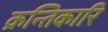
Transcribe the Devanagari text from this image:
क्रन्तिकारि